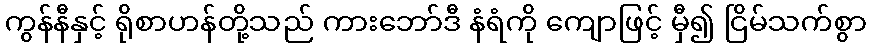
ကွန်နီနှင့် ရိုစာဟန်တို့သည် ကားဘော်ဒီ နံရံကို ကျောဖြင့် မှီ၍ ငြိမ်သက်စွာ